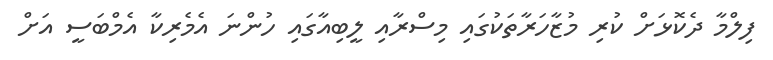
ފިލްމާ ދެކޮޅަށް ކުރި މުޒާހަރާތަކުގައި މިސްރާއި ލީބިއާގައި ހުންނަ އެމެރިކާ އެމްބަސީ އަށް